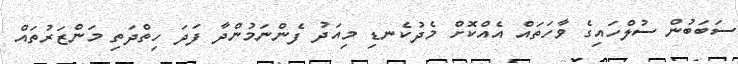
ސަބަބުން ސުލްހައިގެ ވާހަތައް އެއްކޮށް މެދުކެނޑި މިއަދު ފެންނަމުންދާ ފަދަ ހިތްދަތި މަންޒަރުތައް